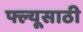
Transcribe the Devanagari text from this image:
फ्ल्यूसाठी